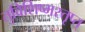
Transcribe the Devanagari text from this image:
तुविशिष्मस्तृप्त्